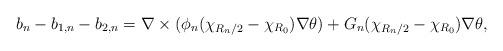
LaTeX: \begin{align*}b_n-b_{1,n}-b_{2,n}=\nabla \times (\phi_n(\chi_{R_n/2}-\chi_{R_0})\nabla \theta )+G_n(\chi_{R_n/2}-\chi_{R_0})\nabla \theta, \end{align*}